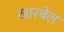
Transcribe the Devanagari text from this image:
खारबेल